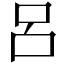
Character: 呂